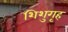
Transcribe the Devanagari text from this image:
शिशुगृह